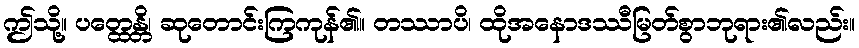
ဤသို့။ ပတ္ထေန္တိ၊ ဆုတောင်းကြကုန်၏။ တဿာပိ၊ ထိုအနောဒဿီမြတ်စွာဘုရား၏လည်း။